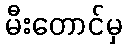
မီးတောင်မှ